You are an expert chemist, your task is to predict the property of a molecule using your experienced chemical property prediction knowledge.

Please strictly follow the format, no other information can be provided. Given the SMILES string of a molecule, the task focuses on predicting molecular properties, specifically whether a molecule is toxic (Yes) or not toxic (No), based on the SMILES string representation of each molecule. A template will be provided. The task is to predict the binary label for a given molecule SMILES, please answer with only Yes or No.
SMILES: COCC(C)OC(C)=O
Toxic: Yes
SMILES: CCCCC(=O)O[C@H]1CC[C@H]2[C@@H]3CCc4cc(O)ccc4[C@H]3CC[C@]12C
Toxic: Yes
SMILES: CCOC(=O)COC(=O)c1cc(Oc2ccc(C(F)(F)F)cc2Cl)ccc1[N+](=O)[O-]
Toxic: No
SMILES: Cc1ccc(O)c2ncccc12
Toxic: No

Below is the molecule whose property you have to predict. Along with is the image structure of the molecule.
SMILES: O=C(O)c1cc(Cl)ccc1Cl
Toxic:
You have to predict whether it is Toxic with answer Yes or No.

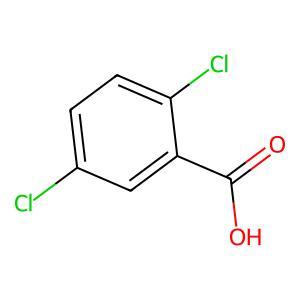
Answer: No